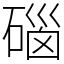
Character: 碯